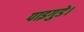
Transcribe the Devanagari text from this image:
पाइगुडे।